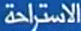
الاستراحة